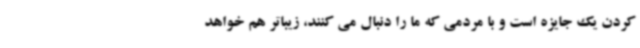
کردن یک جایزه است و با مردمی که ما را دنبال می کنند، زیباتر هم خواهد